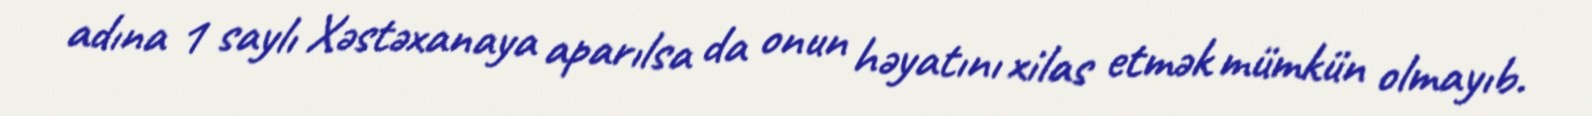
adına 1 saylı Xəstəxanaya aparılsa da onun həyatını xilas etmək mümkün olmayıb.